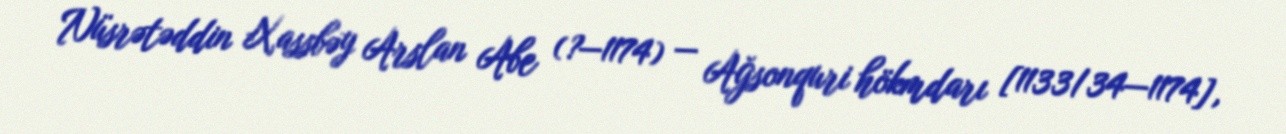
Nüsrətəddin Xassbəy Arslan Abe (?—1174) — Ağsonquri hökmdarı [1133/34—1174],